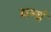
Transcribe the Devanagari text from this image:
मन्त्रं